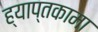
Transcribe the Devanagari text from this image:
ह्याप्तकामा